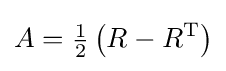
A={\tfrac {1}{2}}\left(R-R^{\mathrm {T} }\right)